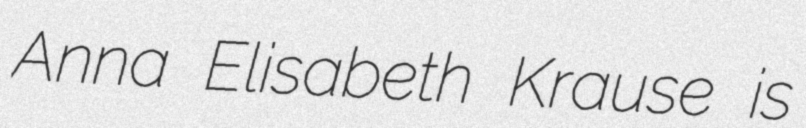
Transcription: Anna Elisabeth Krause is